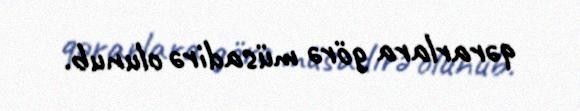
qərarlara görə müsadirə olunub.